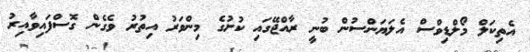
އެތިކަލް މޯލްޑިވްސް އެލަޔަންސުން ބުނީ ރާއްޖޭގައި ކުށުގެ މިންވަރު އިތުރު ވެގެން ގޮސްފައިވާއިރު